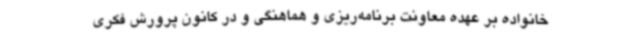
خانواده بر عهده معاونت برنامه‌ریزی و هماهنگی و در کانون پرورش فکری